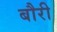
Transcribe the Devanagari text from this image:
बौरी